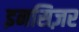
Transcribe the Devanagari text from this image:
इनसिज़र